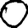
Digit: 0